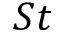
S t